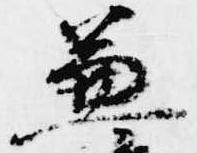
兼